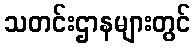
သတင်းဌာနများတွင်